Report on sanitation, dispensaries, and jails in Rajputana for 1917, and on vaccination for the year 1917-1918 - 1917-1918
Year: 1917
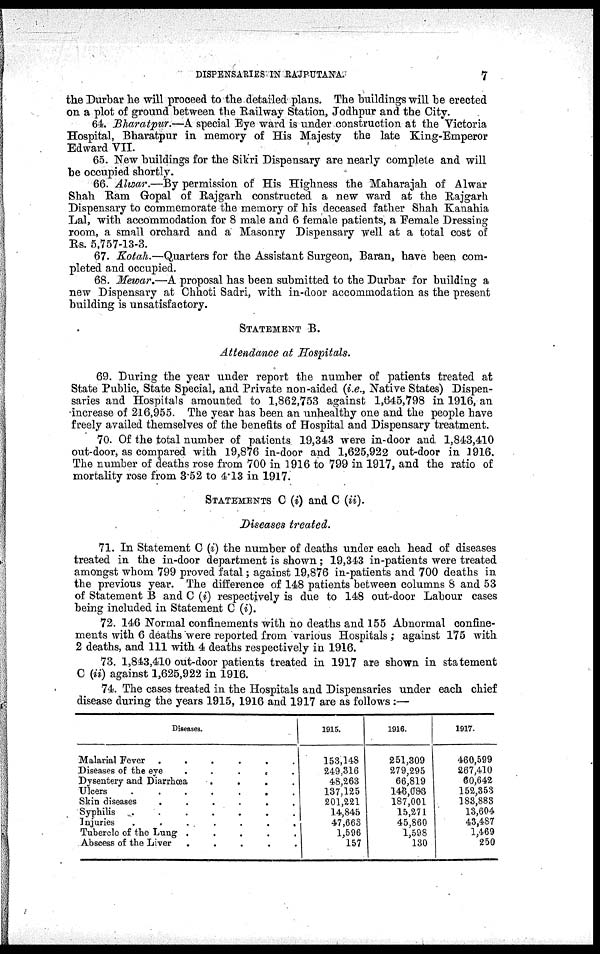
DISPENSARIES IN RAJPUTANA.
7
the Durbar he will proceed to the detailed plans. The buildings will be erected
on a plot of ground between the Railway Station, Jodhpur and the City.
64. Bharatpur.—A special Eye ward is under construction at the Victoria
Hospital, Bharatpur in memory of His Majesty the late King-Emperor
Edward VII.
65. New buildings for the Sikri Dispensary are nearly complete and will
be occupied shortly.
66. Alwar.—By permission of His Highness the Maharajah of Alwar
Shah Ram Gopal of Rajgarh constructed a new ward at the Rajgarh
Dispensary to commemorate the memory of his deceased father Shah Kanahia
Lal, with accommodation for 8 male and 6 female patients, a Female Dressing
room, a small orchard and a Masonry Dispensary well at a total cost of
Rs. 5,757-13-3.
67. Kotah.—Quarters for the Assistant Surgeon, Baran, have been com-
pleted and occupied.
68. Mewar.—A proposal has been submitted to the Durbar for building a
new Dispensary at Chhoti Sadri, with in-door accommodation as the present
building is unsatisfactory.
STATEMENT B.
Attendance at Hospitals.
69. During the year under report the number of patients treated at
State Public, State Special, and Private non-aided (i.e., Native States) Dispen-
saries and Hospitals amounted to 1,862,753 against 1,645,798 in 1916, an
increase of 216,955. The year has been an unhealthy one and the people have
freely availed themselves of the benefits of Hospital and Dispensary treatment.
70. Of the total number of patients 19,343 were in-door and 1,843,410
out-door, as compared with 19,876 in-door and 1,625,922 out-door in 1916.
The number of deaths rose from 700 in 1916 to 799 in 1917, and the ratio of
mortality rose from 3.52 to 4.13 in 1917.
STATEMENTS C (i) and C (ii).
Diseases treated.
71. In Statement C (i) the number of deaths under each head of diseases
treated in the in-door department is shown; 19,343 in-patients were treated
amongst whom 799 proved fatal; against 19,876 in-patients and 700 deaths in
the previous year. The difference of 148 patients between columns 8 and 53
of Statement B and C (i) respectively is due to 148 out-door Labour cases
being included in Statement C (i).
72. 146 Normal confinements with no deaths and 155 Abnormal confine-
ments with 6 deaths were reported from various Hospitals ; against 175 with
2 deaths, and 111 with 4 deaths respectively in 1916.
73. 1,843,410 out-door patients treated in 1917 are shown in statement
C (ii) against 1,625,922 in 1916.
74. The cases treated in the Hospitals and Dispensaries under each chief
disease during the years 1915, 1916 and 1917 are as follows :—
Diseases.
Malarial Fever .
.
.
.
.
.
Diseases of the eye
.
.
. . .
Dysentery and Diarrhœa
.
.
.
.
Ulcers
.
.
.
.
.
.
.
Skin diseases
.
.
.
.
.
.
Syphilis
.
.
.
.
.
.
Injuries
.
.
.
.
.
.
.
Tubercle of the Lung .
.
.
.
.
Abscess of the Liver
. . . . .
1915.
153,148
249,316
48,263
137,1125
201,221
114,845
47,663
1,596
157
1916.
251,309
279,295
66,819
146,083
187,001
15,271
45,860
1,598
130
1917.
460,599
267,410
60,642
152,353
183,883
13,604
43,487
1,469
250